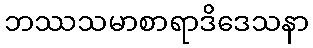
ဘဿသမာစာရာဒိဒေသနာ